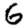
Digit: 6